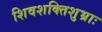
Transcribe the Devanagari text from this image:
शिवशक्तिशुभ्राः